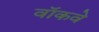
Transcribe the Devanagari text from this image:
वॉकवे